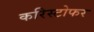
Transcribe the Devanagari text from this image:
करिस्टोफर